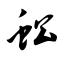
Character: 蚣